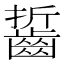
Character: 𪘔